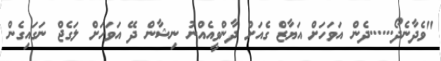
"ވެދާނެދޯ......ދެން އަވަހަށް އަޔާޒް ގެއަށް ދާންވީއެއްނު ނިޝާން ދޭ އަވަހަށް ލަގެޖް ނަގައިގެން